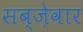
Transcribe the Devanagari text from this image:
सब्ज़ेवार